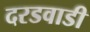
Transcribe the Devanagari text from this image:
दरडवाडी